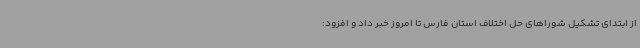
از ابتدای تشکیل شوراهای حل اختلاف استان فارس تا امروز خبر داد و افزود: